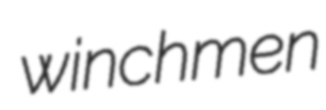
winchmen